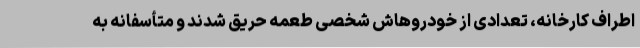
اطراف کارخانه، تعدادی از خودروهاش شخصی طعمه حریق شدند و متأسفانه به